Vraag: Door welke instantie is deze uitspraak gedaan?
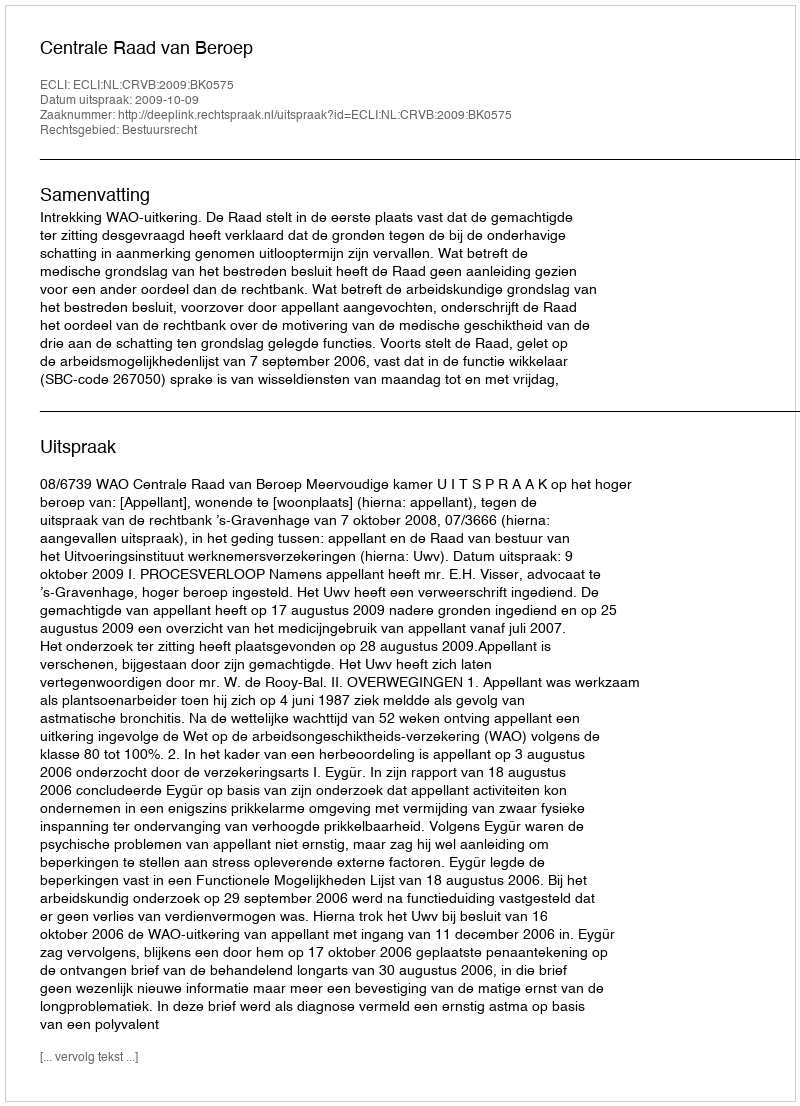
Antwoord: Centrale Raad van Beroep